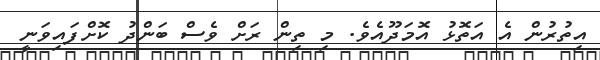
އިތުރުން އެ އަތޮޅު އޮމަދޫއެވެ. މި ތިން ރަށް ވެސް ބަންދު ކޮށްފައިވަނީ